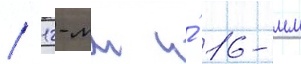
/ 12-мм и́ 16-мм